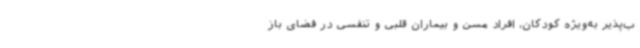
ب‌پذیر به‌ویژه کودکان، افراد مسن و بیماران قلبی و تنفسی در فضای باز